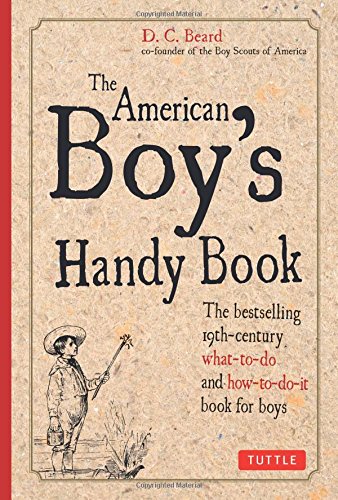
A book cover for American Boy's Handy Book; Daniel C. Beard; Crafts, Hobbies & Home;